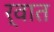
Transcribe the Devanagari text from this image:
र्वात